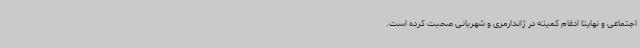
اجتماعی و نهایتا ادغام کمیته در ژاندارمری و شهربانی صحبت کرده است.